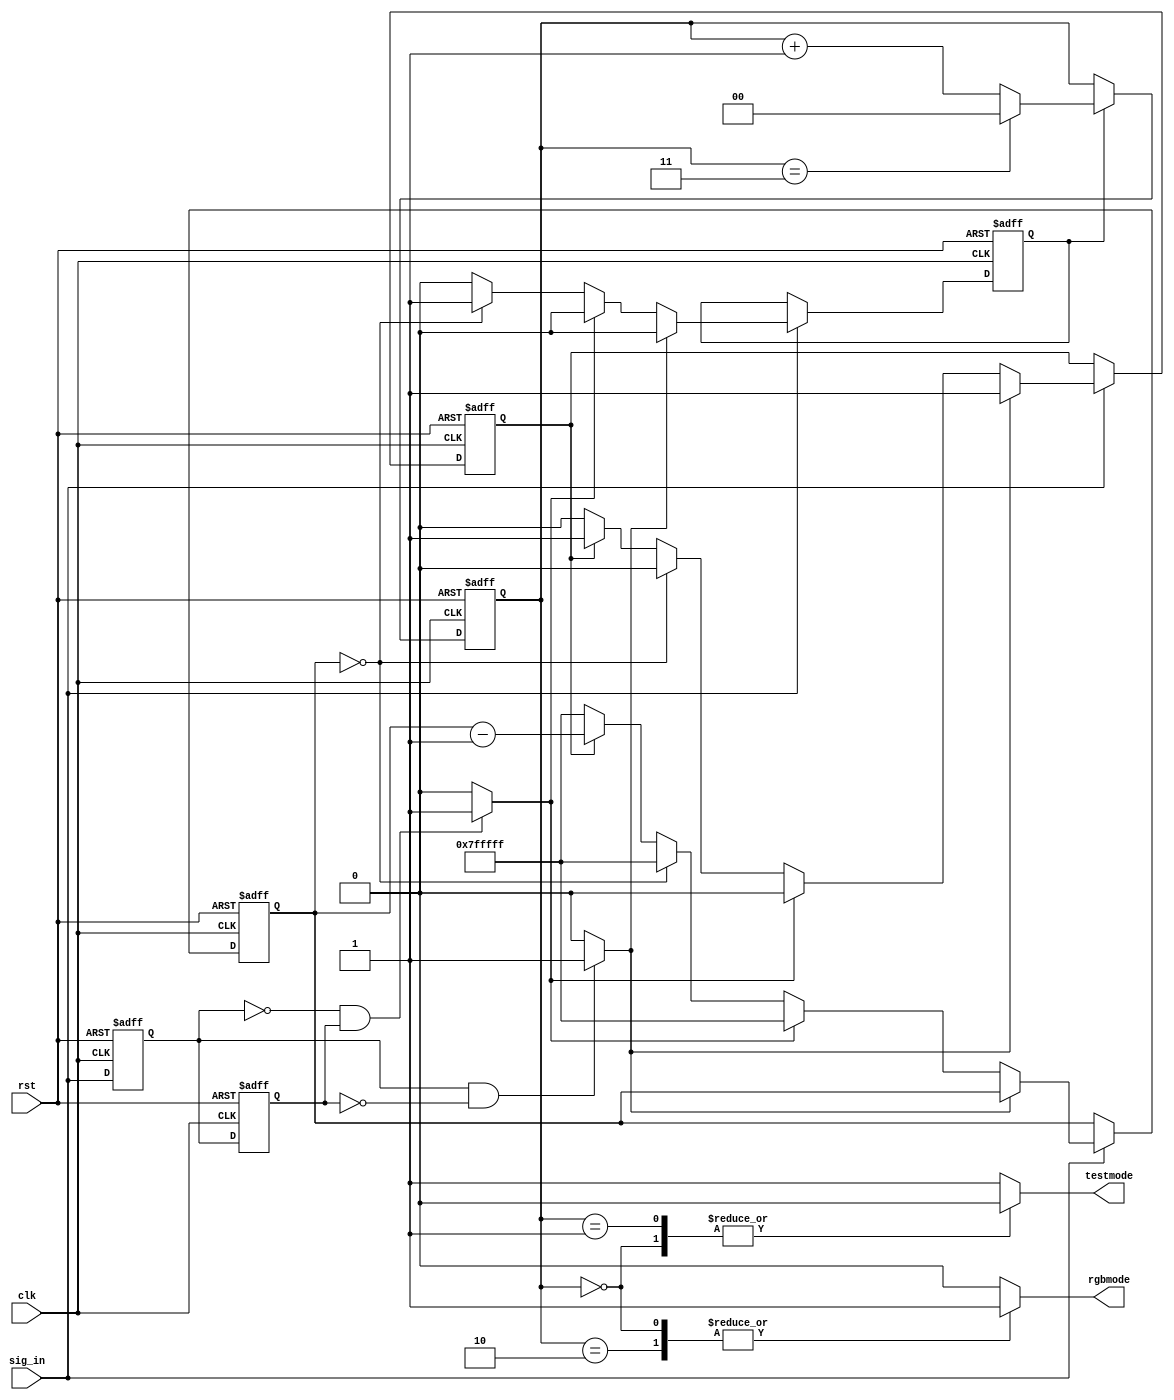
//------------------------------------------------------------------------------
//   Felipe Machado Sanchez
//   Area de Tecnologia Electronica
//   Universidad Rey Juan Carlos
//   https://github.com/felipe-m
//
//   mode selection
//

module mode_sel
  #(parameter
    c_on    = 1'b1
   )
   (input      rst,
    input      clk,
    input      sig_in,
    output reg   rgbmode,
    output reg   testmode);

  reg    [22:0]  count;
  reg            counting;
  reg            sig_in_rg1;
  reg            sig_in_rg2;
  reg            sig_pulse;
  wire           sig_risevent;
  wire           sig_fallevent;

  reg    [1:0]   mode;

  always @(posedge rst, posedge clk)
  begin
    if (rst) begin
      counting <= 1'b0;
      sig_pulse  <= 1'b0;
      count <= 24'h7F_FFFF;
    end
    else if (sig_in) begin
      sig_pulse <= 1'b0;
      if (sig_risevent) 
        counting <= 1'b1;
      else if (sig_fallevent) begin
        counting <= 1'b0;
        count <= 24'h7F_FFFF;
      end
      else if (count == 0) begin
        sig_pulse <= 1'b1;
        counting <= 1'b0;
        count <= 24'h7F_FFFF;
      end
      else if (counting)
        count <= count - 1;
      else begin
        counting <= 1'b0;
        count <= 24'h7F_FFFF;
      end
    end
  end

  always @ (posedge rst, posedge clk)
  begin
    if (rst) begin
      sig_in_rg1 <= 1'b0;
      sig_in_rg2 <= 1'b0;
    end
    else begin
      sig_in_rg1 <= sig_in;
      sig_in_rg2 <= sig_in_rg1;
    end
  end

  assign sig_risevent = ((sig_in_rg1 == 1'b1) && (sig_in_rg2 == 1'b0)) ?
                        1'b1 : 1'b0;
  assign sig_fallevent = ((sig_in_rg1 == 1'b0) && (sig_in_rg2 == 1'b1)) ?
                        1'b1 : 1'b0;


  always @ (posedge rst, posedge clk)
  begin
    if (rst) begin
      mode <= 2'b0;
    end
    else begin
      if (sig_pulse) begin
        if (mode == 2'b11) 
          mode <= 2'b0;
        else
          mode <= mode + 1;
      end
    end
  end

  always @(*)
  begin
    case (mode)
      2'b00: begin  // RGB Normal
        rgbmode = 1'b1;
        testmode = 1'b0;
      end
      2'b01: begin  // YUV Normal
        rgbmode = 1'b0;
        testmode = 1'b0;
      end
      2'b10: begin // RGB Test
        rgbmode = 1'b1;
        testmode = 1'b1;
      end
      default: begin //2'b11: begin  // YUV Test
        rgbmode = 1'b0;
        testmode = 1'b1;
      end
    endcase
  end

endmodule